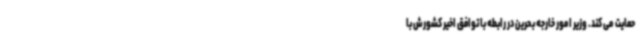
حمایت می کند. وزیر امور خارجه بحرین در رابطه با توافق اخیر کشورش با